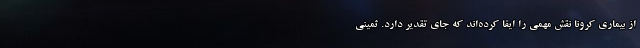
از بیماری کرونا نقش مهمی را ایفا کرده‌اند که جای تقدیر دارد. ثمینی